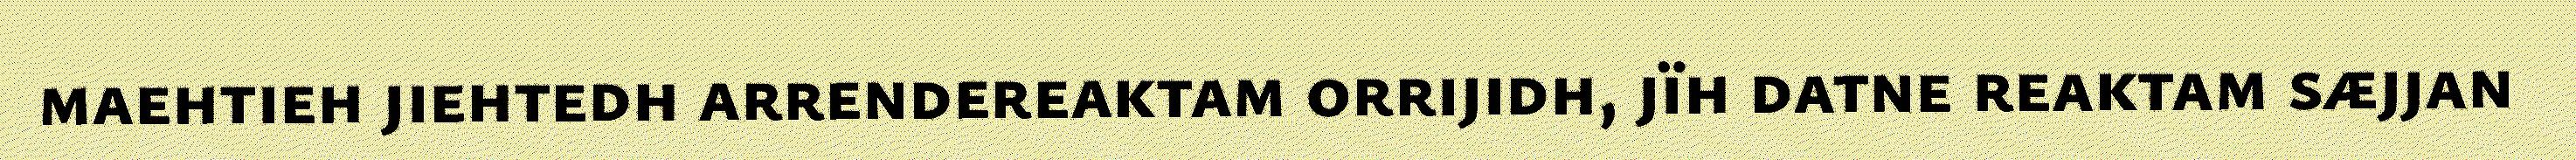
maehtieh jiehtedh arrendereaktam orrijidh, jïh datne reaktam sæjjan